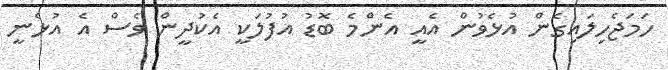
ހަމަޖެހިލައިގެން އުޅެވުން އެއީ އެންމެ ބޮޑު އުފުލަކީ އެކުދީން ވެސް އެ އުޅެނީ